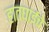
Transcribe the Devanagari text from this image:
हातघाईचे